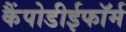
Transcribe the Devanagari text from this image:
कैंपोडीईफॉर्म